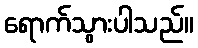
ရောက်သွားပါသည်။